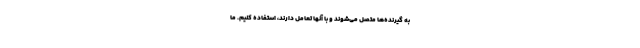
به گیرنده‌ها متصل می‌شوند و با آنها تعامل دارند، استفاده کنیم. ما